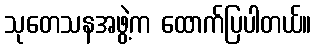
သုတေသနအဖွဲ့က ထောက်ပြပါတယ်။